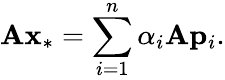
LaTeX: \mathbf{A}\mathbf{x}_{*}=\sum_{i=1}^{n}\alpha_{i}\mathbf{A}\mathbf{p}_{i}.